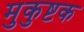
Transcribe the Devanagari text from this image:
मुकुष्टक